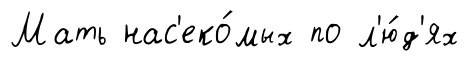
Мать нас'еко́мых по л'ю́д'ях